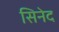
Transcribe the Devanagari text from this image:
सिनेद